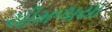
ચીમળાયા